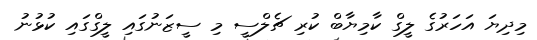
މިދިޔަ އަހަރުގެ ލީގް ކާމިޔާބް ކުރި ޗެލްސީ މި ސީޒަނުގައި ލީގްގައި ކުޅުނު